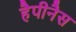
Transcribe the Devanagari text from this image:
हैपीनैस